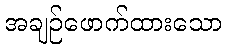
အချဉ်ဖောက်ထားသော